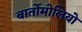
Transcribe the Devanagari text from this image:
बार्तोमोलियो